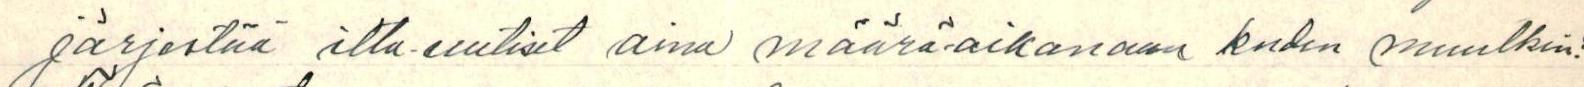
järjestää ilta-uutiset aina määrä-aikanaan kuden muutkin.